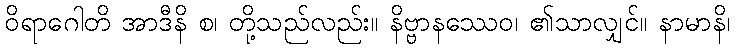
ဝိရာဂေါတိ အာဒီနိ စ၊ တို့သည်လည်း။ နိဗ္ဗာနဿေဝ၊ ၏သာလျှင်။ နာမာနိ၊